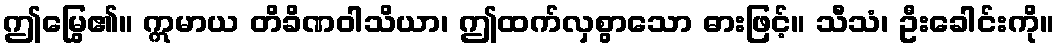
ဤမြွေ၏။ ဣမာယ တိခိဏဝါသိယာ၊ ဤထက်လှစွာသော ဓားဖြင့်။ သီသံ၊ ဦးခေါင်းကို။